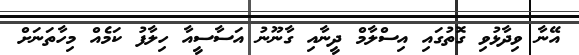
އޭނާ ވިދާޅުވި ގޮތުގައި އިސްލާމް ދީނާއި ގާނޫނު އަސާސީއާ ހިލާފު ކަމެއް މިހާތަނަށް